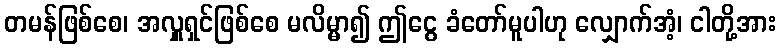
တမန်ဖြစ်စေ၊ အလှူရှင်ဖြစ်စေ မလိမ္မာ၍ ဤငွေ ခံတော်မူပါဟု လျှောက်အံ့၊ ငါတို့အား